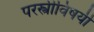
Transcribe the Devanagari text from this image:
परस्त्रीविषयी